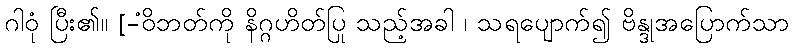
ဂါဝုံ ပြီး၏။ [-ံဝိဘတ်ကို နိဂ္ဂဟိတ်ပြု သည့်အခါ ၊ သရပျောက်၍ ဗိန္ဒုအပြောက်သာ